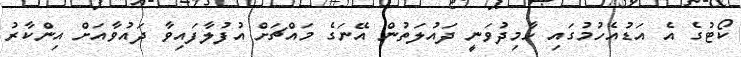
ކޯޓުގެ އެ އަޑުއެހުމުގައި ހާމިދުވަނީ ދައުލަތުން އޭނަގެ މައްޗަށް އުފުލާފައިވާ ދައުވާއަށް އިންކާރު